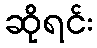
ဆိုရင်း